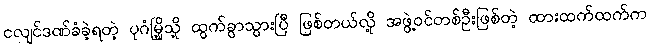
ငလျင်ဒဏ်ခံခဲ့ရတဲ့ ပုဂံမြို့သို့ ထွက်ခွာသွားပြီ ဖြစ်တယ်လို့ အဖွဲ့ဝင်တစ်ဦးဖြစ်တဲ့ ထားထက်ထက်က